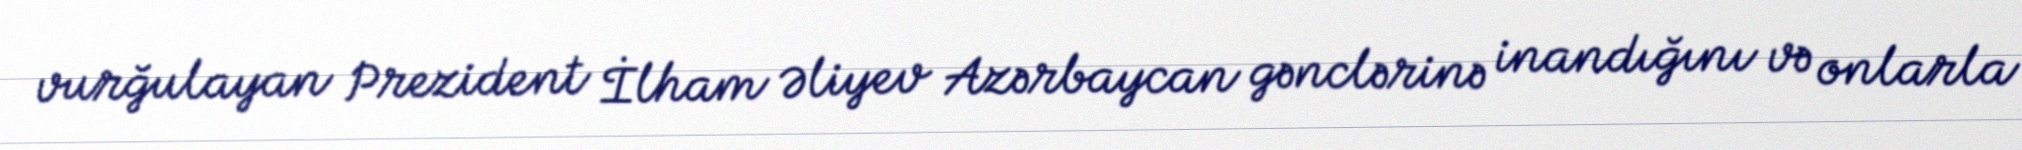
vurğulayan Prezident İlham Əliyev Azərbaycan gənclərinə inandığını və onlarla